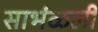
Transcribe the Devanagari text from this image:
साभंळली